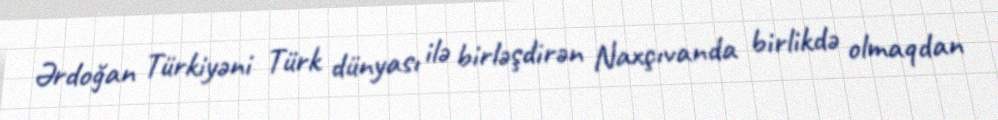
Ərdoğan Türkiyəni Türk dünyası ilə birləşdirən Naxçıvanda birlikdə olmaqdan